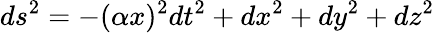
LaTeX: ds^{2}=-(\alpha x)^{2}dt^{2}+dx^{2}+dy^{2}+dz^{2}